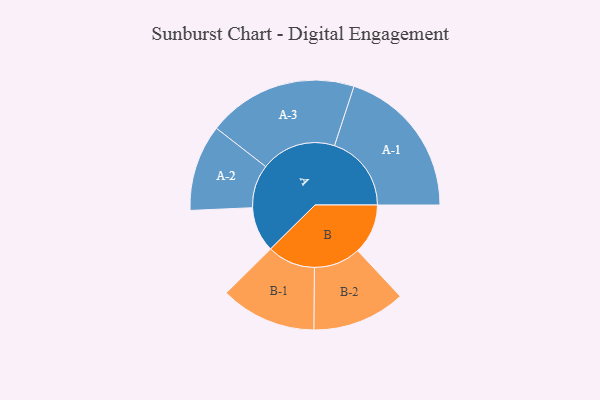
{"axis": {"x": "Segment", "y": "Value"}, "legend": ["", "A", "B"], "data": [{"x": "A", "y": 161, "type": ""}, {"x": "B", "y": 179, "type": ""}, {"x": "A-1", "y": 274, "type": "A"}, {"x": "A-2", "y": 154, "type": "A"}, {"x": "A-3", "y": 268, "type": "A"}, {"x": "B-1", "y": 171, "type": "B"}, {"x": "B-2", "y": 166, "type": "B"}]}